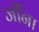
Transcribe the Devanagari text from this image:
जींना